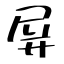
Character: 屏